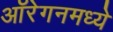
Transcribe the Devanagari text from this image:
ऑरेगनमध्ये